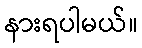
နားရပါမယ်။